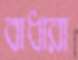
বাধারা